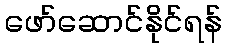
ဖော်ဆောင်နိုင်ရန်